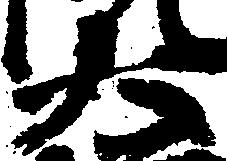
大